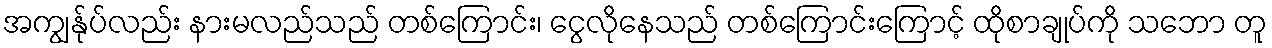
အကျွန်ုပ်လည်း နားမလည်သည် တစ်ကြောင်း၊ ငွေလိုနေသည် တစ်ကြောင်းကြောင့် ထိုစာချုပ်ကို သဘော တူ